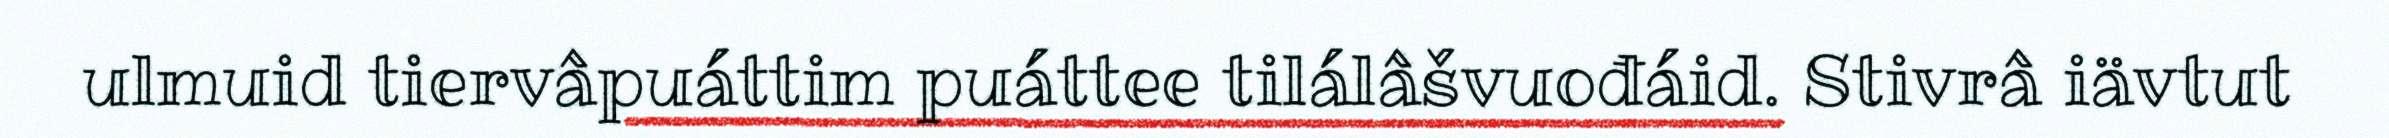
ulmuid tiervâpuáttim puáttee tilálâšvuođáid. Stivrâ iävtut